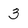
Character: 3